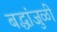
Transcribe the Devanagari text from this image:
बद्धांजुळी